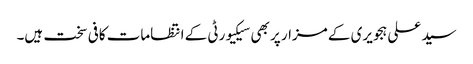
سید علی ہجویری کے مزار پر بھی سیکیورٹی کے انتظامات کافی سخت ہیں۔